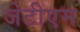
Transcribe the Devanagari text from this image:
जेटीएम